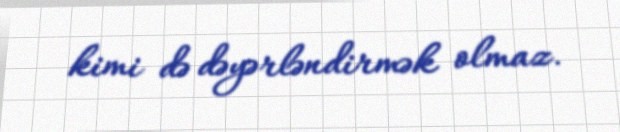
kimi də dəyərləndirmək olmaz.